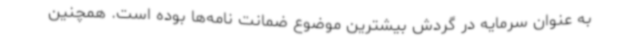
به عنوان سرمایه در گردش بیشترین موضوع ضمانت نامه‌ها بوده است. همچنین